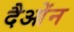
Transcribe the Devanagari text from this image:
दैओंन